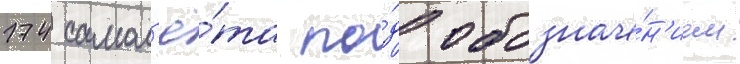
174 самол'ё́та по́д обозначе́н'ием